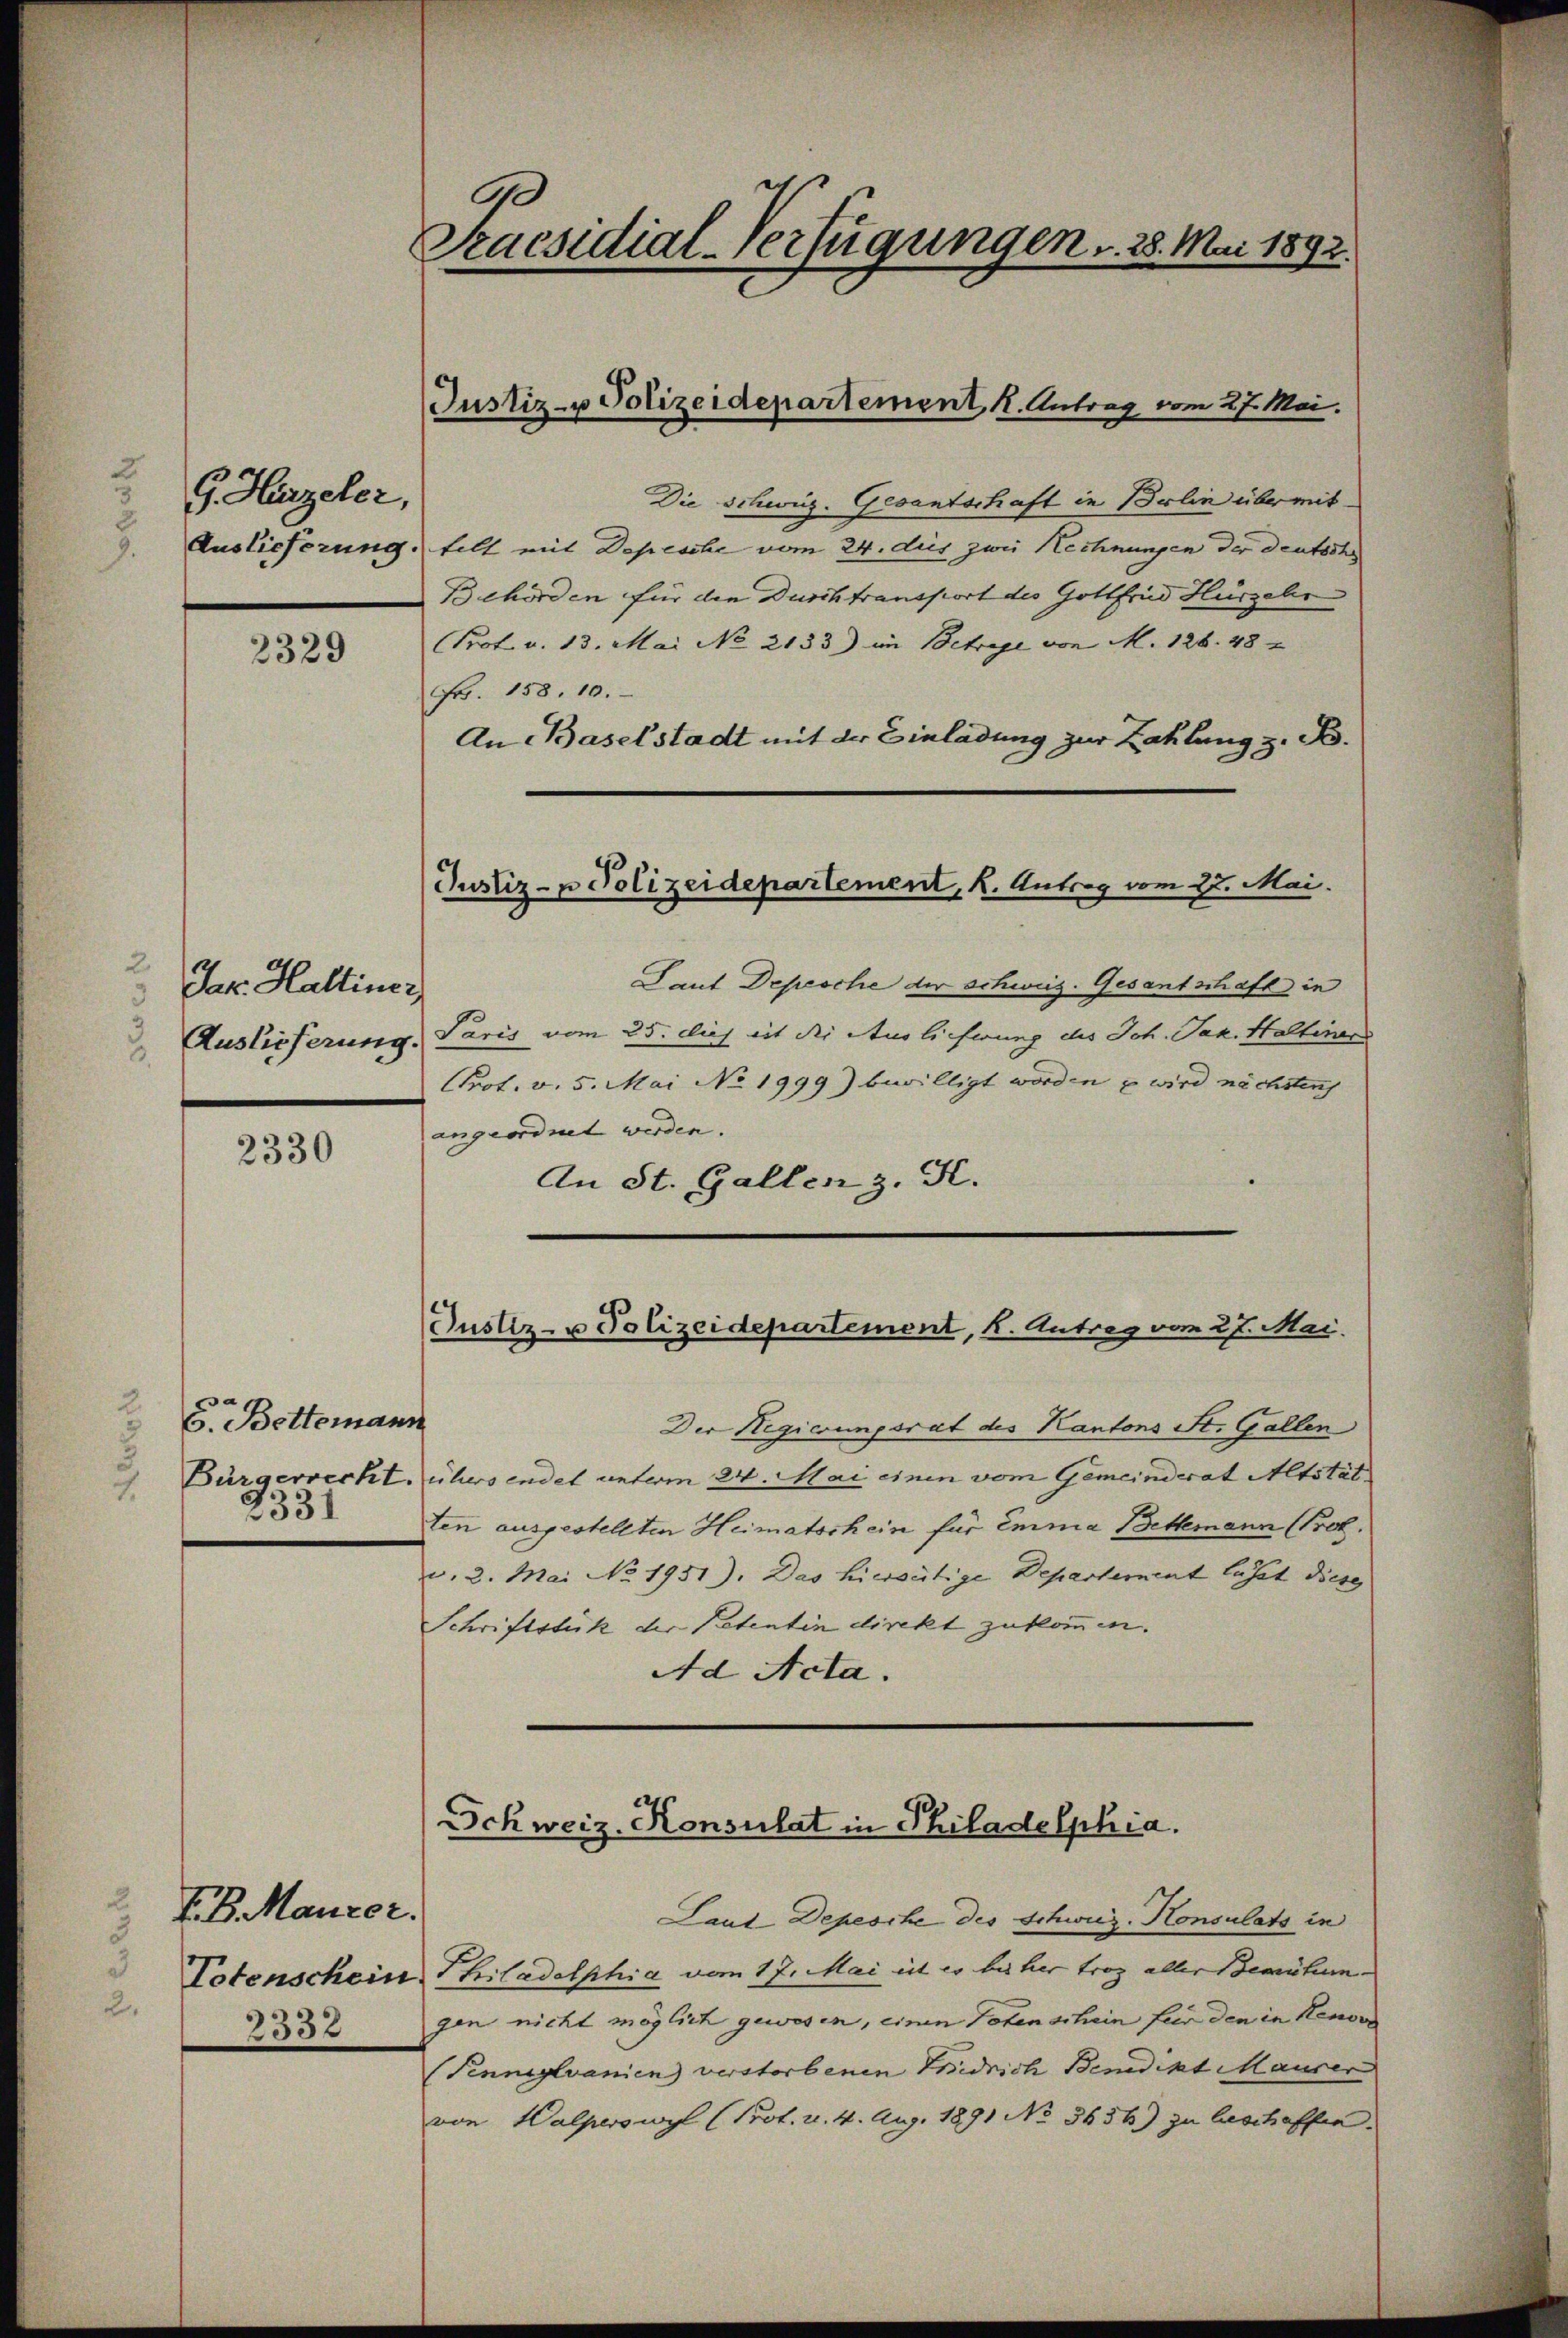
G. Hirzeler,
Auslieferung.

2329

2
Jak. Haltiner
Auslieferung.
.

2330

2
6. Bettermann
Bürgerrecht.
2
2331

F. B. Maurer.
2332

.
Praesidial-Verfügungen . . 28. Mai 1892.

Justiz- u Polizeidepartement, k. Antrag vom 27. Mai.

Justiz- u Polizeidepartement, K. Antrag vom 27. Mai.

Die Schweiz. Gesantschaft in Berlin übermit
telt mit Depesche vom 24. des zwei Rechnungen der deutsch
Behörden für die Durchtransport des Gottfrid Hüszehr
Prof. v. 13. Mai No 2133) im Betrage von M. 126. 48
Fr. 158. 10.
An Baselstadt mit der Einladung zur Zahlung z. B.
Laut Depesche der schweiz. Gesantschaft in
Paris vom 25. Dies mit die Auslieferung des Joh. Jak. Haltenen
Prot. v. 5. Mai No 1999) bewilligt worden u wird nächstens
angeordnet werden.
An St. Gallen z. B.
Justiz- u Polizeidepartement, k. Antrag vom 27. Mai.
Der Regierungsrat des Kantons St. Gallen
übersendet unterm 24. Mai einen vom Gemeinderat Altstät
ten ausgestellten Heimatschein für Emma Bethemann (Prot.
u. 2. Mai No 1951). Das hierseitige Departement lässt diese
Schriftstück der Petentin direkt zukommen.
Ad Acta.

Schweiz. Konsulat in Philadelphia.

Laut Depesche des Schweiz. Konsulats in
Totenschein Philadelphia vom 17. Mai ist es bisher trag aller Bemühungen nicht möglich gewesen, einen Totenschein für den in Renove
(Tenneylvanien verstorbenen Fridrich Benedikt Maurer
von Halperswyl (Prof. u. 4. Aug. 1891 No 5656) zu beschaffen.